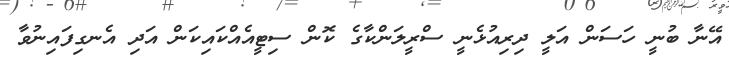
އޭނާ ބުނީ ހަސަން އަލީ ދިރިއުޅެނީ ސްރީލަންކާގެ ކޮން ސިޓީއެއްކައިކަން އަދި އެނގިފައިނުވާ